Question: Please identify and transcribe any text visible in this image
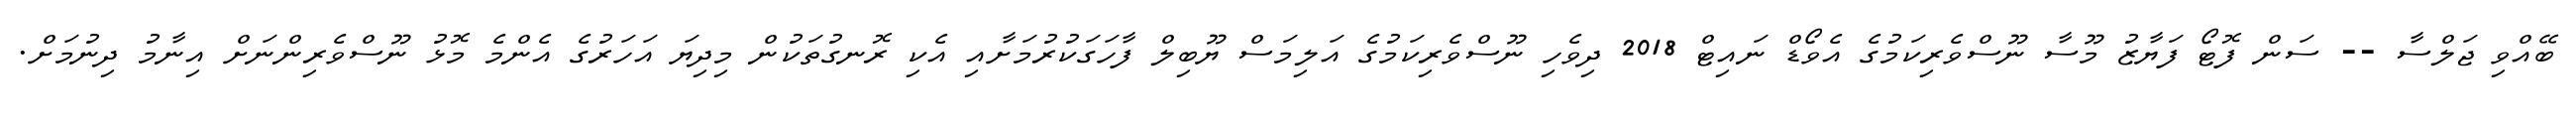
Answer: ބޭއްވި ޖަލްސާ -- ސަން ފޮޓޯ ފަޔާޒު މޫސާ ނޫސްވެރިކަމުގެ އެވޯޑް ނައިޓް 2018 ދިވެހި ނޫސްވެރިކަމުގެ އަލިމަސް ޔޫބިލް ފާހަގަކުރުމަށާއި އެކި ރޮނގުތަކުން މިދިޔަ އަހަރުގެ އެންމެ މޮޅު ނޫސްވެރިންނަށް އިނާމު ދިނުމަށް.